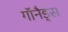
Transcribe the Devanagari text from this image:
गॉनैड्स